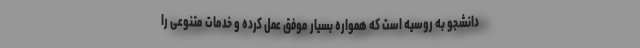
دانشجو به روسیه است که همواره بسیار موفق عمل کرده و خدمات متنوعی را